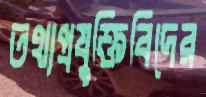
তথ্যপ্রযুক্তিবিদের